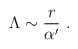
LaTeX: \begin{align*} \Lambda\sim {r\over \alpha^\prime}~.\end{align*}